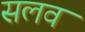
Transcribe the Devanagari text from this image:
सलव